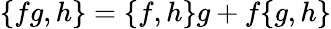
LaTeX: \{ fg,h\} =\{ f,h\} g+f\{ g,h\}